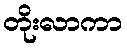
တိုးလာကာ